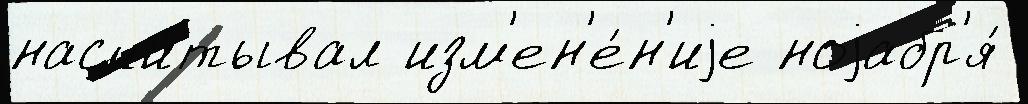
насчи́тывал изм'ен'е́н'иjе ноjабр'я́